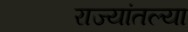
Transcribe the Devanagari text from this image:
राज्यांतल्या